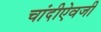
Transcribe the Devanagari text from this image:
चांदीऐवजी